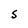
Character: S